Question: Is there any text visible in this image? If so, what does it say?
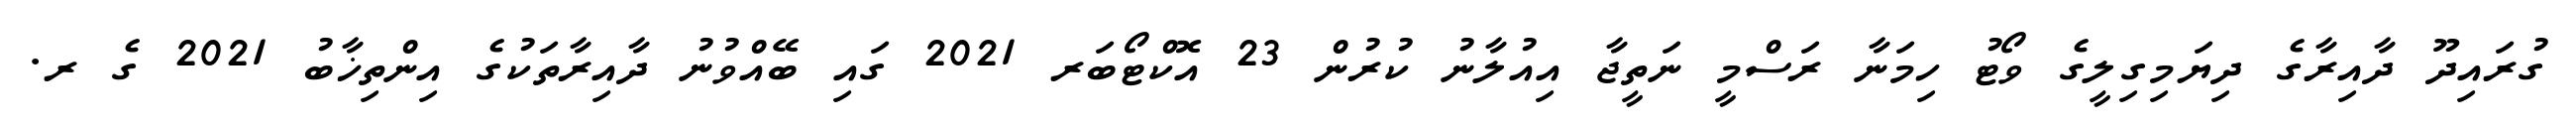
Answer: ގުރައިދޫ ދާއިރާގެ ދިޔަމިގިލީގެ ވޯޓު ހިމަނާ ރަސްމީ ނަތީޖާ އިއުލާނު ކުރުން 23 އޮކްޓޯބަރ 2021 ގައި ބޭއްވުނު ދާއިރާތަކުގެ އިންތިޚާބު 2021 ގެ ރ.